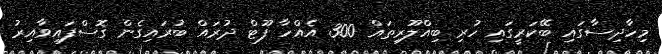
މިހާދިސާގައި ބޭކަރީގައި ހުރި ބިއްލޫރިތައް 300 އެއްހާ ފޫޓް ދުރައް ބުރައިގެން ގޮސްފައިވާއިރު